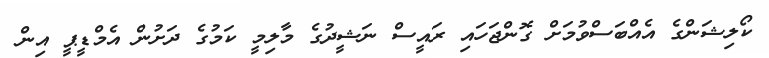
ކޯލިޝަންގެ އެއްބަސްވުމަށް ގޮންޖަހައި ރައީސް ނަޝީދުގެ މާލިމީ ކަމުގެ ދަށުން އެމްޑީޕީ އިން